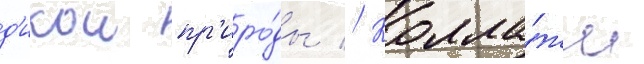
д'икои пр'иро́ды // Колла́жи